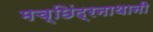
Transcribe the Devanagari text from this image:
मच्छिंद्रनाथानी